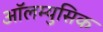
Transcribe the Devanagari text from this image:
ऑलम्युसिक